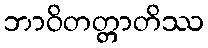
ဘာဝိတတ္တာတိဿ